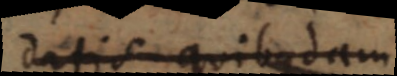
datis quibusdam